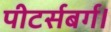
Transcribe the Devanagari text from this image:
पीटर्सबर्ग।